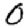
Digit: 0